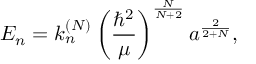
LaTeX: E _ { n } = k _ { n } ^ { ( N ) } \left( \frac { \hbar ^ { 2 } } \mu \right) ^ { \frac N { N + 2 } } a ^ { \frac 2 { 2 + N } } ,